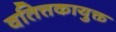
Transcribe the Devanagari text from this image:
वतित्तकायुक्त